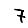
Digit: 7